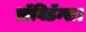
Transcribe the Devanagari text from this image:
प्रॉविडॅन्स।